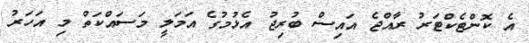
އެ ކޮންޓެކްޓަރު ރާއްޖެ އައިސް ބުރިޖު އެޅުމުގެ އަމަލީ މަސައްކަތް މި އަހަރު